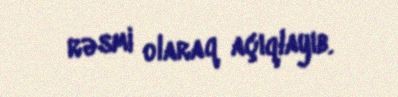
rəsmi olaraq açıqlayıb.